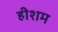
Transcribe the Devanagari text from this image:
हीशम